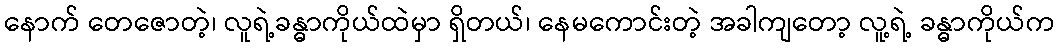
နောက် တေဇောတဲ့၊ လူရဲ့ခန္ဓာကိုယ်ထဲမှာ ရှိတယ်၊ နေမကောင်းတဲ့ အခါကျတော့ လူ့ရဲ့ ခန္ဓာကိုယ်က